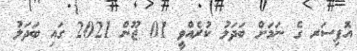
އޮފިސަރ ގެ ނަމަށް ބަދަލު ކުރެއްވީ 01 ޖޫން 2021 ގައި ބަދަލު